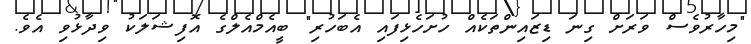
"މިހާރުވެސް ވަރަށް ގިނަ ޑިޒައިންތަކެއް ހުށަހެޅިފައި އެބަހުރި" ބީއެމްއެލްގެ އޮފިޝަލަކު ވިދާޅުވި އެވެ.